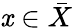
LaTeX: \mathit{x}\in{\bar{{X}}}